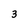
Character: 3